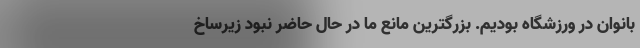
بانوان در ورزشگاه بودیم. بزرگترین مانع ما در حال حاضر نبود زیرساخ